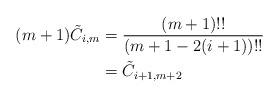
LaTeX: \begin{align*} (m + 1) \tilde C_{i, m} &= \frac{(m + 1)!!}{(m + 1 - 2(i + 1))!!}\\ &= \tilde C_{i + 1, m + 2} \end{align*}